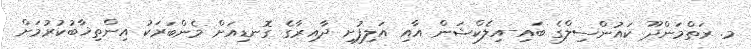
މ. ރަތްމަންދޫ ކައުންސިލްގެ ބައި-އިލެކްޝަން އާއި އަލިފުށި ދާއިރާގެ ގޮނޑިއަށް މެންބަރަކު އިންތިޚާބުކުރުމަށް